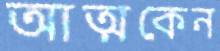
আত্মকেন